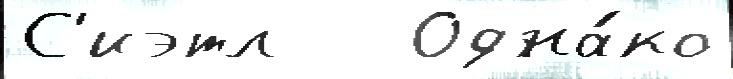
С'иэтл   Одна́ко